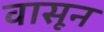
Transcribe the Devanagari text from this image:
वासून